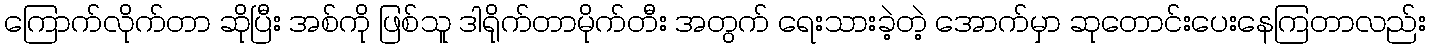
ကြောက်လိုက်တာ ဆိုပြီး အစ်ကို ဖြစ်သူ ဒါရိုက်တာမိုက်တီး အတွက် ရေးသားခဲ့တဲ့ အောက်မှာ ဆုတောင်းပေးနေကြတာလည်း